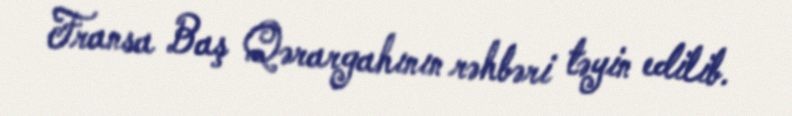
Fransa Baş Qərargahının rəhbəri təyin edilib.